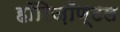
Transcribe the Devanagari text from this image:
हॉरिज़ॉण्टल